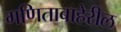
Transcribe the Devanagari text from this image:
गणिताबाहेरील